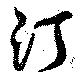
汀